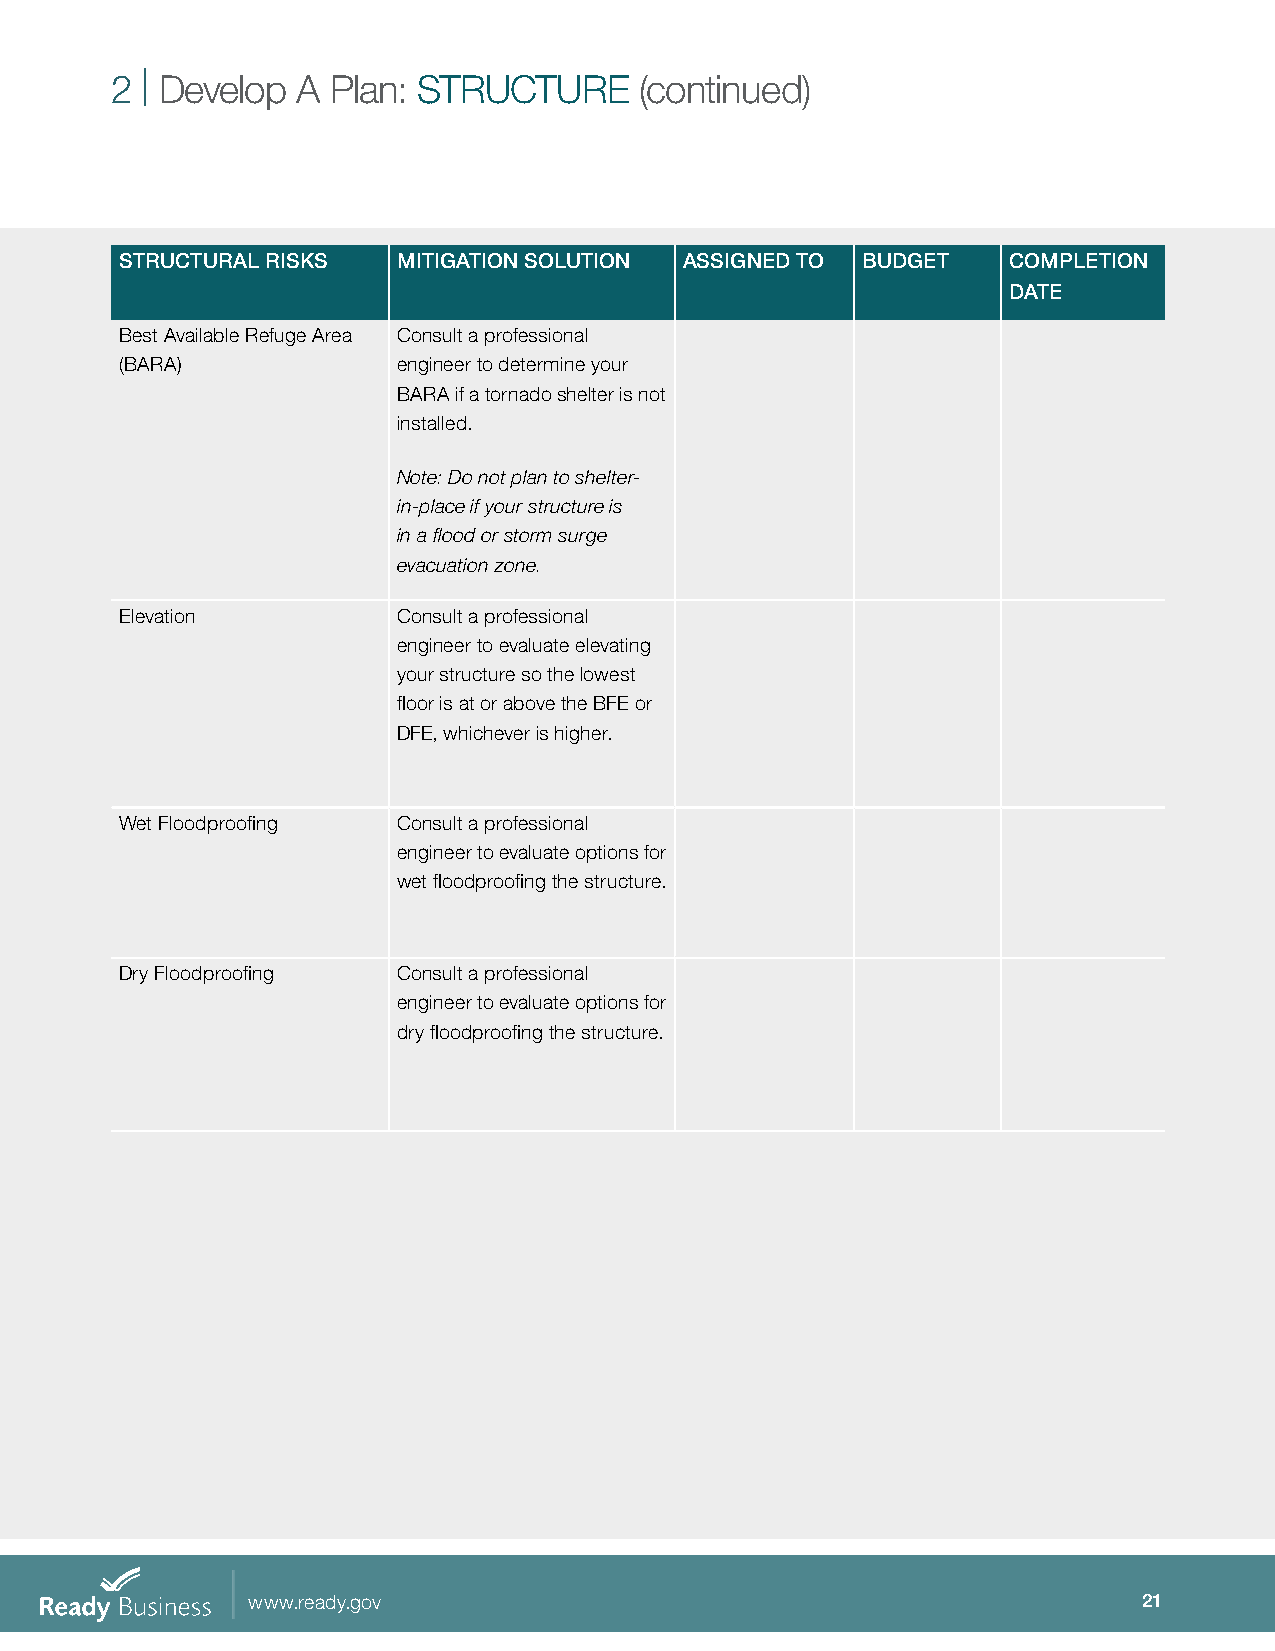
2 | Develop  A Plan: STRUCTURE     (continued)
 STRUCTURAL RISKS  MITIGATION SOLUTION ASSIGNED TO BUDGET   COMPLETION
 DATE
 Best Available Refuge Area Consult a professional
 (BARA)            engineer to determine your
 BARA if a tornado shelter is not
 installed.
 Note: Do not plan to shelter-
 in-place if your structure is
 in a flood or storm surge
 evacuation zone.
 Elevation         Consult a professional
 engineer to evaluate elevating
 your structure so the lowest
 floor is at or above the BFE or
 DFE, whichever is higher.
 Wet Floodproofing Consult a professional
 engineer to evaluate options for
 wet floodproofing the structure.
 Dry Floodproofing Consult a professional
 engineer to evaluate options for
 dry floodproofing the structure.
 www.ready.gov                                               21